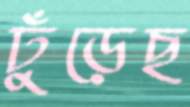
ঢুঁড়েছ